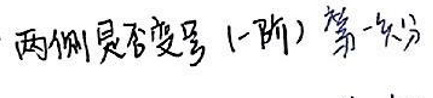
两侧是否受号(一介) 第一充分